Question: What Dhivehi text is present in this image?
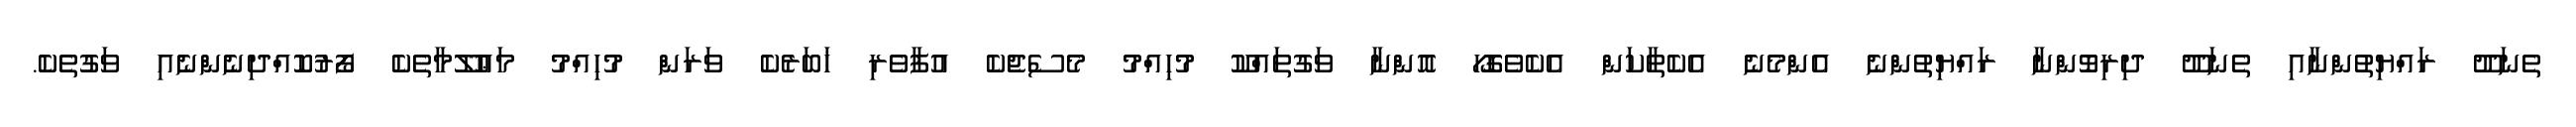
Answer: ތެނަދޫ ރައްޔިތުންނާއި ތެނަދޫ ދިރިވޮންނާ ރައްޔިތުންނެ އެންމެނެ އެކެތާކަން އެކެވެގޮހޯ އޮންނާ ވަގުތައްކޫ މުހިއްމު މެސެޖެކެ އުފާވެރި ޚަބަރެކެ ވަރަން މުހިއްމު މަޢުލޫމާތެކެ ފޯރުކޮއްދިނެންނެއި ވަގުތެކެ.